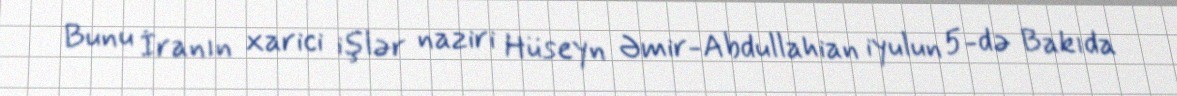
Bunu İranın xarici işlər naziri Hüseyn Əmir-Abdullahian iyulun 5-də Bakıda